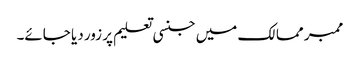
ممبر ممالک میں جنسی تعلیم پر زور دیا جائے۔